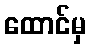
ထောင်မှ